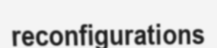
reconfigurations